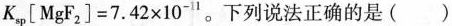
K_ { s p } [ M g F _ { 2 } ] = 7 . 4 2 x 1 0 ^ { - 1 }。下列说法正确的是( )